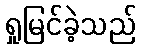
ရှုမြင်ခဲ့သည်